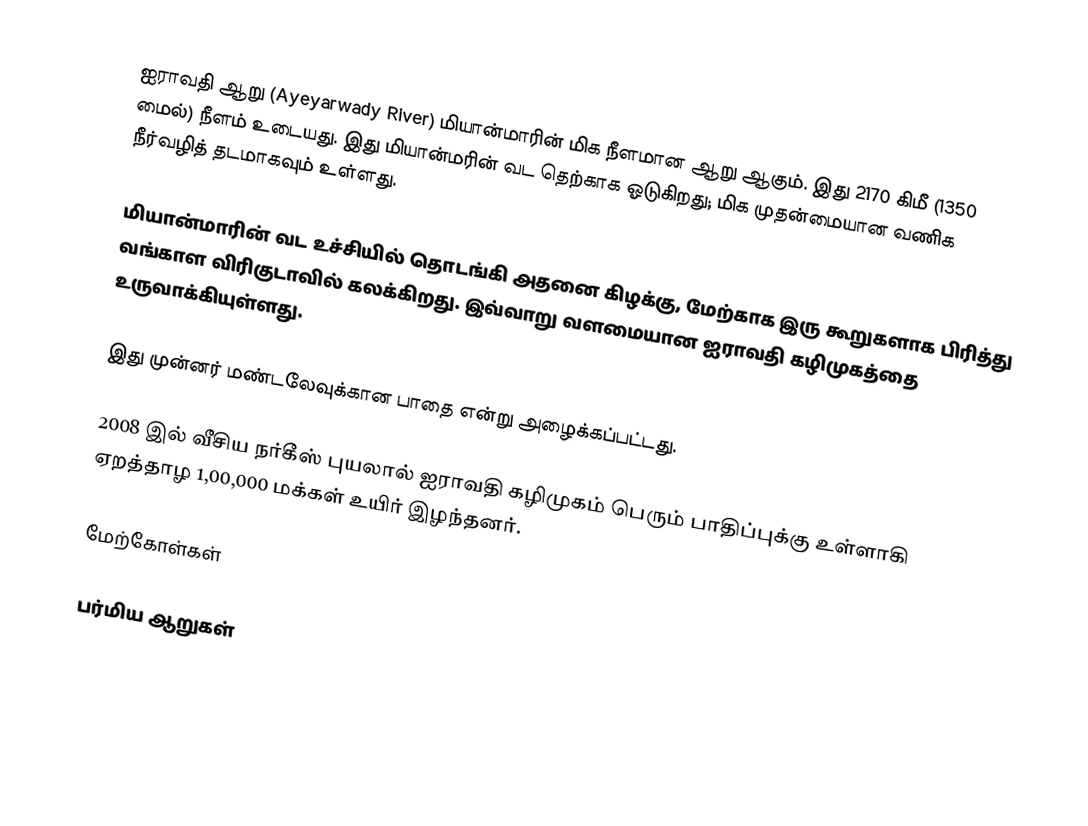
ஐராவதி ஆறு (Ayeyarwady River) மியான்மாரின் மிக நீளமான ஆறு ஆகும். இது 2170 கிமீ (1350 மைல்) நீளம் உடையது. இது மியான்மரின் வட தெற்காக ஓடுகிறது; மிக முதன்மையான வணிக நீர்வழித் தடமாகவும் உள்ளது.

மியான்மாரின் வட உச்சியில் தொடங்கி அதனை கிழக்கு, மேற்காக இரு கூறுகளாக பிரித்து வங்காள விரிகுடாவில் கலக்கிறது. இவ்வாறு வளமையான ஐராவதி கழிமுகத்தை உருவாக்கியுள்ளது.

இது முன்னர் மண்டலேவுக்கான பாதை என்று அழைக்கப்பட்டது.

2008 இல் வீசிய நர்கீஸ் புயலால் ஐராவதி கழிமுகம் பெரும் பாதிப்புக்கு உள்ளாகி ஏறத்தாழ 1,00,000 மக்கள் உயிர் இழந்தனர்.

மேற்கோள்கள்

பர்மிய ஆறுகள்